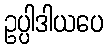
ဥပ္ပါဒါယပေ